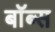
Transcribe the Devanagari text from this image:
बॉब्स